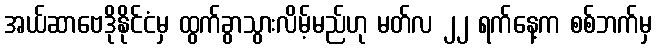
အယ်ဆာဗေဒိုနိုင်ငံမှ ထွက်ခွာသွားလိမ့်မည်ဟု မတ်လ ၂၂ ရက်နေ့က စစ်ဘက်မှ